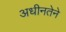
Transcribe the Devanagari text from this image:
अधीनतेने